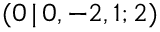
( 0 \, | \, 0 , - 2 , 1 ; 2 )